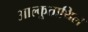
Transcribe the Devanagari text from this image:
आल्कूताथिल